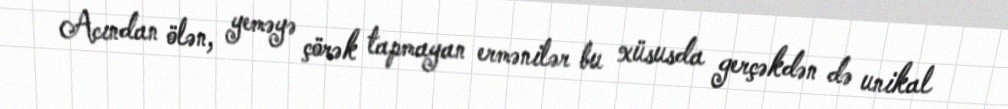
Acından ölən, yeməyə çörək tapmayan ermənilər bu xüsusda gerçəkdən də unikal